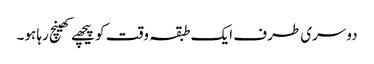
دوسری طرف ایک طبقہ وقت کو پیچھے کھینچ رہا ہو۔